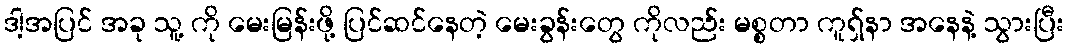
ဒါ့အပြင် အခု သူ့ ကို မေးမြန်းဖို့ ပြင်ဆင်နေတဲ့ မေးခွန်းတွေ ကိုလည်း မစ္စတာ ကူရှ်နာ အနေနဲ့ သွားပြီး